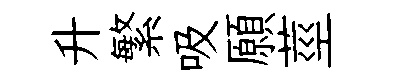
升繁吸願莖